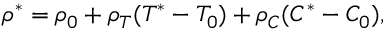
\rho ^ { * } = \rho _ { 0 } + \rho _ { T } ( T ^ { * } - T _ { 0 } ) + \rho _ { C } ( C ^ { * } - C _ { 0 } ) ,